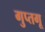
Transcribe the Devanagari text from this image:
गुप्तगू